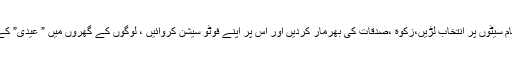
مذکورہ فیکٹریوں کے مالکان خواہ پورے ضلع کی تمام سیٹوں پر انتخاب لڑیں،زکوة ،صدقات کی بھرمار کردیں اور اس پر اپنے فوٹو سیشن کروائیں ، لوگوں کے گھروں میں ” عیدی” کے راشن کے ٹوکرے بھجوائیں تو ان کا کیا بگڑتا ہے؟